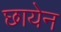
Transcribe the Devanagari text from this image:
छायेन